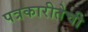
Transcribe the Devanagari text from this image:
पत्रकारीतेची